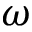
\omega